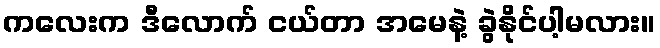
ကလေးက ဒီလောက် ငယ်တာ အမေနဲ့ ခွဲနိုင်ပါ့မလား။